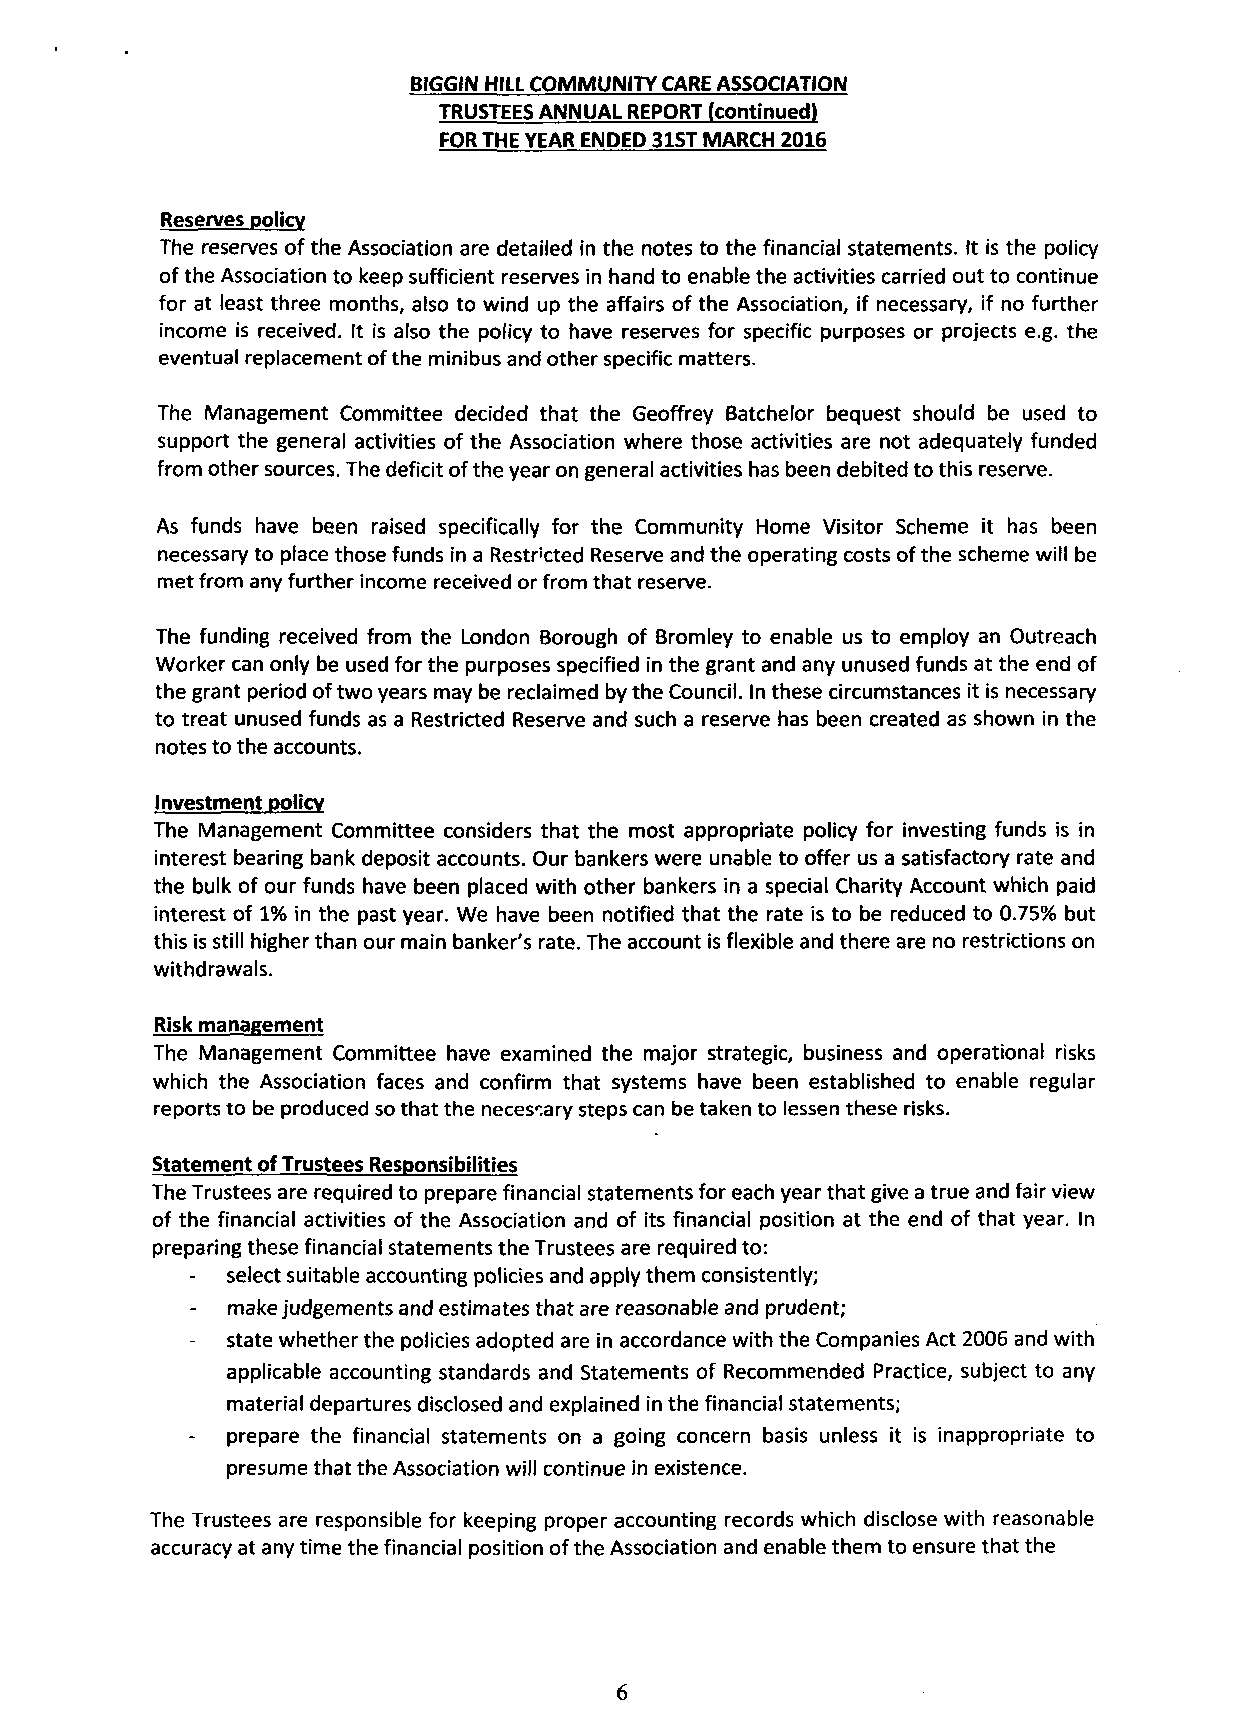
BIGGIN HILL COMMUNITY CARE ASSOCIATION
 TRUSTEES ANNUAL REPORT (continued)
 FOR THE YEAR ENDED 31ST MARCH 2016
 Reserves policv
 The reserves of the Association are detailed in the notes to the financial statements. It is the policy
 of the Association to keep sufficient reserves in hand to enable the activities carried out to continue
 for at least three months, also to wind up the affairs of the Association, if necessary, if no further
 income is received. It is also the policy to have reserves for specific purposes or projects e.g. the
 eventual replacement ofthe minibus and other specific matters.
 The Management Committee decided that the Geoffrey Batchelor bequest should be used to
 support the general activities of the Association where those activities are not adequately funded
 from other sources. The deficit of the year on general activities has been debited to this reserve.
 As funds have been raised specifically for the Community Home Visitor Scheme it has been
 necessary to place those funds in a Restr'cted Reserve and the operating costs ofthe scheme will be
 met from any further income received or from that reserve.
 The funding received from the London Borough of Bromley to enable us to employ an Outreach
 Worker can only be used for the purposes specified in the grant and any unused funds at the end of
 the grant period of two years may be reclaimed by the Council. In these circumstances it is necessary
 to treat unused funds as a Restricted Reserve and such a reserve has been created as shown in the
 notes to the accounts.
 Investment policv
 The Management Committee considers that the most appropriate policy for investing funds is in
 interest bearing bank deposit accounts. Our bankers were unable to offer us a satisfactory rate and
 the bulk of our funds have been placed with other bankers in a special Charity Account which paid
 interest of 1% in the past year. We have been notified that the rate is to be reduced to 0.75% but
 this is still higher than our main banker's rate. The account is flexible and there are no restrictions on
 withdrawals.
 Risk management
 The Management Committee have examined the major strategic, business and operational risks
 which the Association faces and confirm that systems have been established to enable regular
 reports to be produced so that the necessary steps can be taken to lessen these risks.
 Statement of Trustees Responsibilities
 The Trustees are required to prepare financial statements for each year that give a true and fair view
 of the financial activities of the Association and of its financial position at the end of that year. In
 preparing these financial statements the Trustees are required to:
 select suitable accounting policies and apply them consistently;
 make judgements and estimates that are reasonable and prudent;
 state whether the policies adopted are in accordance with the Companies Act 2006 and with
 applicable accounting standards and Statements of Recommended Practice, subject to any
 material departures disclosed and explained in the financial statements;
 prepare the financial statements on a going concern basis unless it is inappropriate to
 presume that the Association will continue in existence.
 The Trustees are responsible for keeping proper accounting records which disclose with reasonable
 accuracy at any time the financial position of the Association and enable them to ensure that the
 6